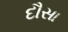
દૌસા